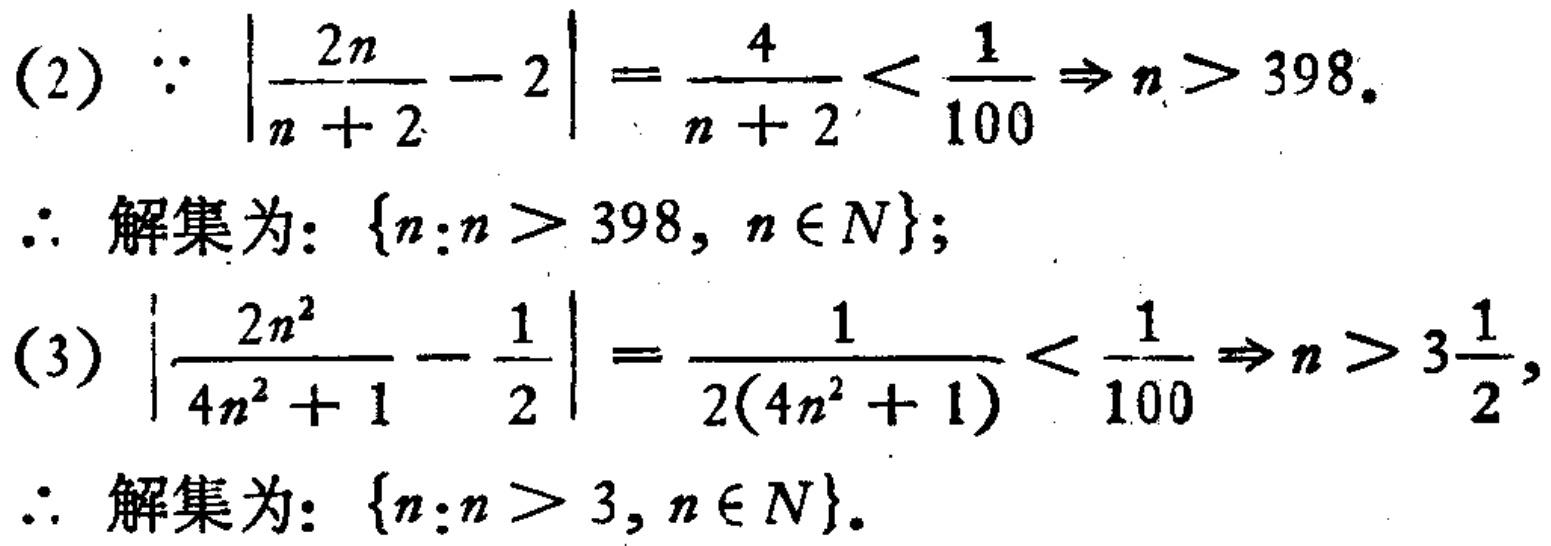
(2) \(\because \left|\frac{2n}{n + 2}-2\right|=\frac{4}{n + 2}<\frac{1}{100}\Rightarrow n>398\).
\(\therefore\) 解集为: \(\{n:n > 398, n\in N\}\);
(3) \(\left|\frac{2n^{2}}{4n^{2}+1}-\frac{1}{2}\right|=\frac{1}{2(4n^{2}+1)}<\frac{1}{100}\Rightarrow n>3\frac{1}{2}\),
\(\therefore\) 解集为: \(\{n:n > 3, n\in N\}\).